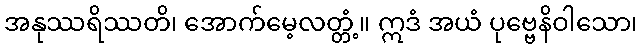
အနုဿရိဿတိ၊ အောက်မေ့လတ္တံ့။ ဣဒံ အယံ ပုဗ္ဗေနိဝါသော၊